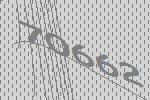
70662